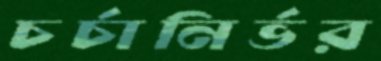
চর্চানির্ভর